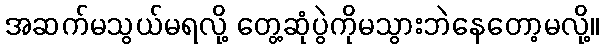
အဆက်မသွယ်မရလို့ တွေ့ဆုံပွဲကိုမသွားဘဲနေတော့မလို့။